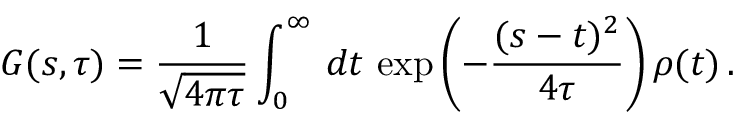
G ( s , \tau ) = \frac { 1 } { \sqrt { 4 \pi \tau } } \int _ { 0 } ^ { \infty } \, d t \, \exp \left( - \frac { ( s - t ) ^ { 2 } } { 4 \tau } \right) \rho ( t ) \, .